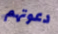
دعوتهم